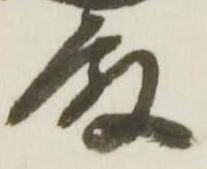
殿